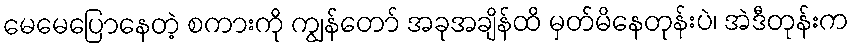
မေမေပြောနေတဲ့ စကားကို ကျွန်တော် အခုအချိန်ထိ မှတ်မိနေတုန်းပဲ၊ အဲဒီတုန်းက